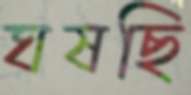
ঘষছি